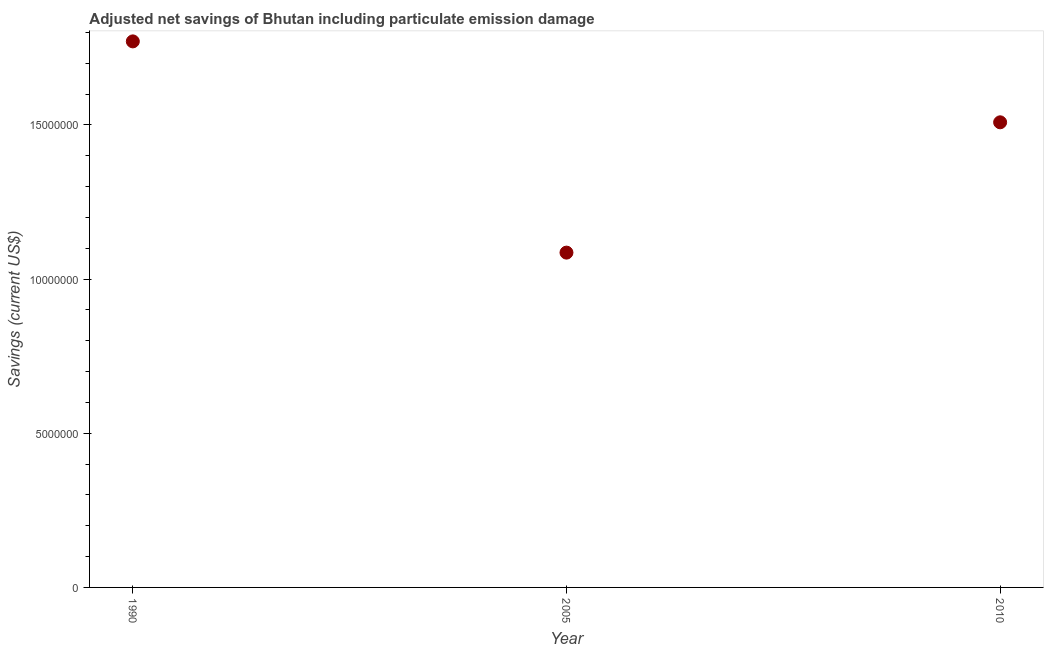
| Year | Adjusted savings: particulate emission damage (current US$) |
 | --- | --- |
 | 1990 | 1.77e+07 |
 | 2005 | 1.09e+07 |
 | 2010 | 1.51e+07 |